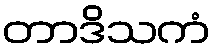
တာဒိသကံ